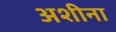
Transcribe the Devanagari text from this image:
अशीना